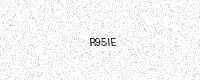
Text: R95IE